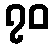
၇၀